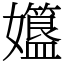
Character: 孂